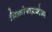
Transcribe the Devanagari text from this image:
सिंक्रोनाइज़ेशन